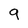
Character: 9